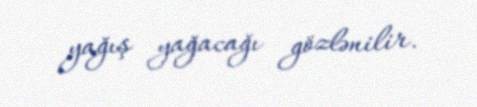
yağış yağacağı gözlənilir.